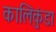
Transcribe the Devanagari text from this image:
कालिकुंडा